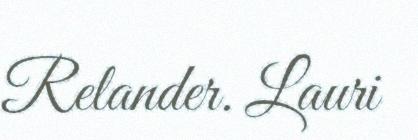
Relander. Lauri